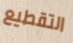
التقطيع